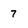
Character: 7